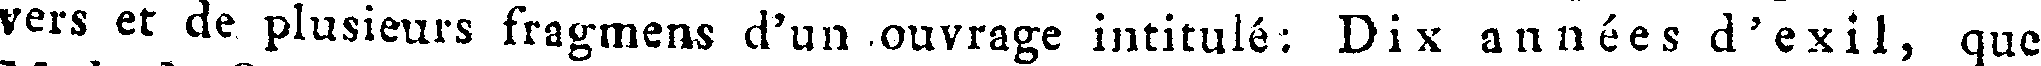
vers et de plusieurs fragmens d'un ouvrage intitulé; Dix années d'exil, que